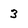
Character: 3